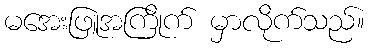
မအေးဖြူအကြိုက် မှာလိုက်သည်။